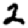
Digit: 2